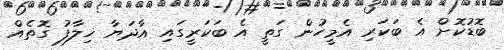
ބޮޑުކޮށް އެ ބަކަރި އެމީހުން ގަތީ އެ ބަކަރީގައި އާދަޔާ ޚިލާފު ގޮތެއް